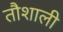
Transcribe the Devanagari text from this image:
तौशाली